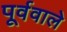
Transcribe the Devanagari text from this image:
पूर्ववाले